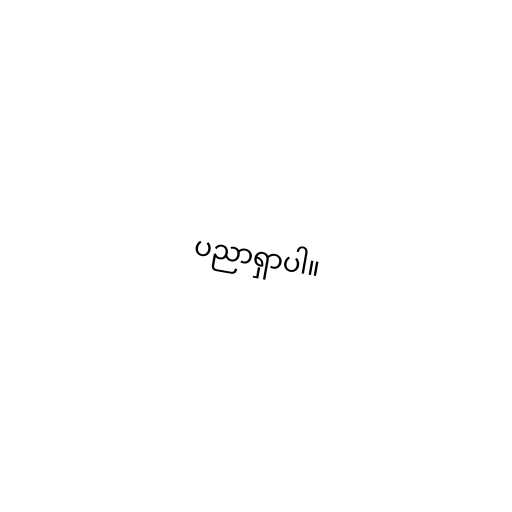
ပညာရှာပါ။